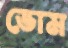
ভোম